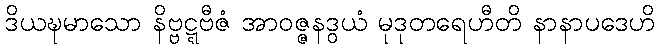
ဒိယဍ္ဎမာသော နိဗ္ဗဋ္ဋဗီဇံ အာဝဇ္ဇနဒွယံ မုဒုတရေဟီတိ နာနာပဒေဟိ